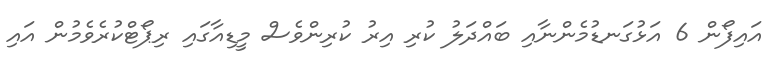
އައިފޯން 6 އަޅުގަނޑުމެންނާއި ބައްދަލު ކުރި އިރު ކުރިންވެސް މީޑިއާގައި ރިޕޯޓްކުރެވެމުން އައި